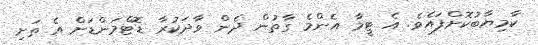
ކާމިޔާބުކޮށްފައެވެ. އެ ޓީމާ އެންމެ ގާތުން ދެން ވާދަކުރާ ޑޮޓްމަންޑަށް އެ ތަށި